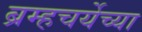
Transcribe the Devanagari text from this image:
ब्रम्हचर्येच्या